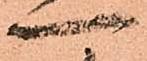
一